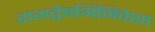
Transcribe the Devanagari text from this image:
रागद्वेषभिनिवेशा